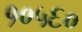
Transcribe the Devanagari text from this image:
१०५६०